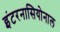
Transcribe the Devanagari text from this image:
इंटरनासियोनाल